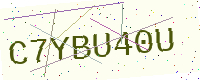
Text: C7YBU40U